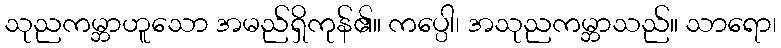
သုညကမ္ဘာဟူသော အမည်ရှိကုန်၏။ ကပ္ပေါ၊ အသုညကမ္ဘာသည်။ သာရော၊